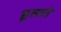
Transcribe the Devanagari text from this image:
डुलाते